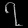
Digit: ၇